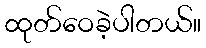
ထုတ်ဝေခဲ့ပါတယ်။